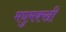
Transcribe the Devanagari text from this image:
मघुमक्खी